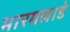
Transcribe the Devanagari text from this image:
मारमलाडे